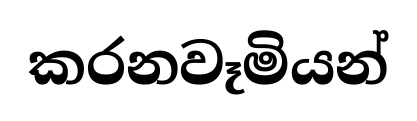
කරනවෑමියන්